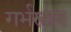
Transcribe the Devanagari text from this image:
गर्भस्त्राव